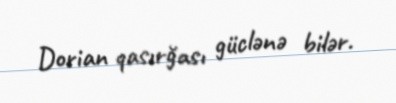
Dorian qasırğası güclənə bilər.